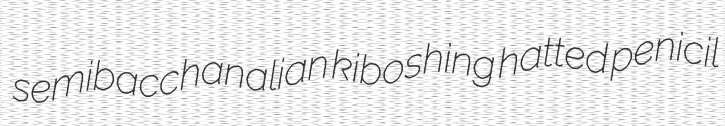
semibacchanalian kiboshing hatted penicil